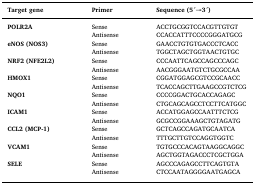
<table><thead><tr><td><b>Target gene</b></td><td><b>Primer</b></td><td><b>Sequence (5 ́→3 ́)</b></td></tr></thead><tbody><tr><td rowspan="2"><b>POLR2A</b></td><td>Sense</td><td>ACCTGCGGTCCACGTTGTGT</td></tr><tr><td>Antisense</td><td>CCACCATTTCCCCGGGATGCG</td></tr><tr><td rowspan="2"><b>eNOS (NOS3)</b></td><td>Sense</td><td>GAACCTGTGTGACCCTCACC</td></tr><tr><td>Antisense</td><td>TGGCTAGCTGGTAACTGTGC</td></tr><tr><td rowspan="2"><b>NRF2 (NFE2L2)</b></td><td>Sense</td><td>CCCAATTCAGCCAGCCCAGC</td></tr><tr><td>Antisense</td><td>AACGGGAATGTCTGCGCCAA</td></tr><tr><td rowspan="2"><b>HMOX1</b></td><td>Sense</td><td>CGGATGGAGCGTCCGCAACC</td></tr><tr><td>Antisense</td><td>TCACCAGCTTGAAGCCGTCTCG</td></tr><tr><td rowspan="2"><b>NQO1</b></td><td>Sense</td><td>CCCCGGACTGCACCAGAGC</td></tr><tr><td>Antisense</td><td>CTGCAGCAGCCTCCTTCATGGC</td></tr><tr><td rowspan="2"><b>ICAM1</b></td><td>Sense</td><td>ACCATGGAGCCAATTTCTCG</td></tr><tr><td>Antisense</td><td>GCGCCGGAAAGCTGTAGATG</td></tr><tr><td rowspan="2"><b>CCL2 (MCP-1)</b></td><td>Sense</td><td>GCTCAGCCAGATGCAATCA</td></tr><tr><td>Antisense</td><td>TTTGCTTGTCCAGGTGGTC</td></tr><tr><td rowspan="2"><b>VCAM1</b></td><td>Sense</td><td>TGTGCCCACAGTAAGGCAGGC</td></tr><tr><td>Antisense</td><td>AGCTGGTAGACCCTCGCTGGA</td></tr><tr><td rowspan="2"><b>SELE</b></td><td>Sense</td><td>AGCCCAGAGCCTTCAGTGTA</td></tr><tr><td>Antisense</td><td>CTCCAATAGGGGAATGAGCA</td></tr></tbody></table>